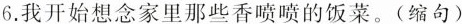
6.我开始想念家里那些香喷喷的饭菜。(缩句)